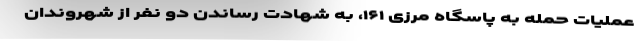
عملیات حمله به پاسگاه مرزی ۱۶۱، به شهادت رساندن دو نفر از شهروندان